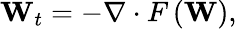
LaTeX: {{\mathbf{W}}_{t}}=-\nabla\cdot F\left(\mathbf{W}\right),